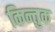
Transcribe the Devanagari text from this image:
किन्तुक